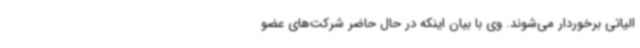
الیاتی برخوردار می‌شوند. وی با بیان اینکه در حال حاضر شرکت‌های عضو